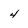
Character: 4